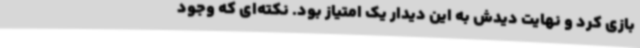
بازی کرد و نهایت دیدش به این دیدار یک امتیاز بود. نکته‌ای که وجود